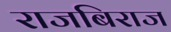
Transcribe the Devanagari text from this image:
राजबिराज